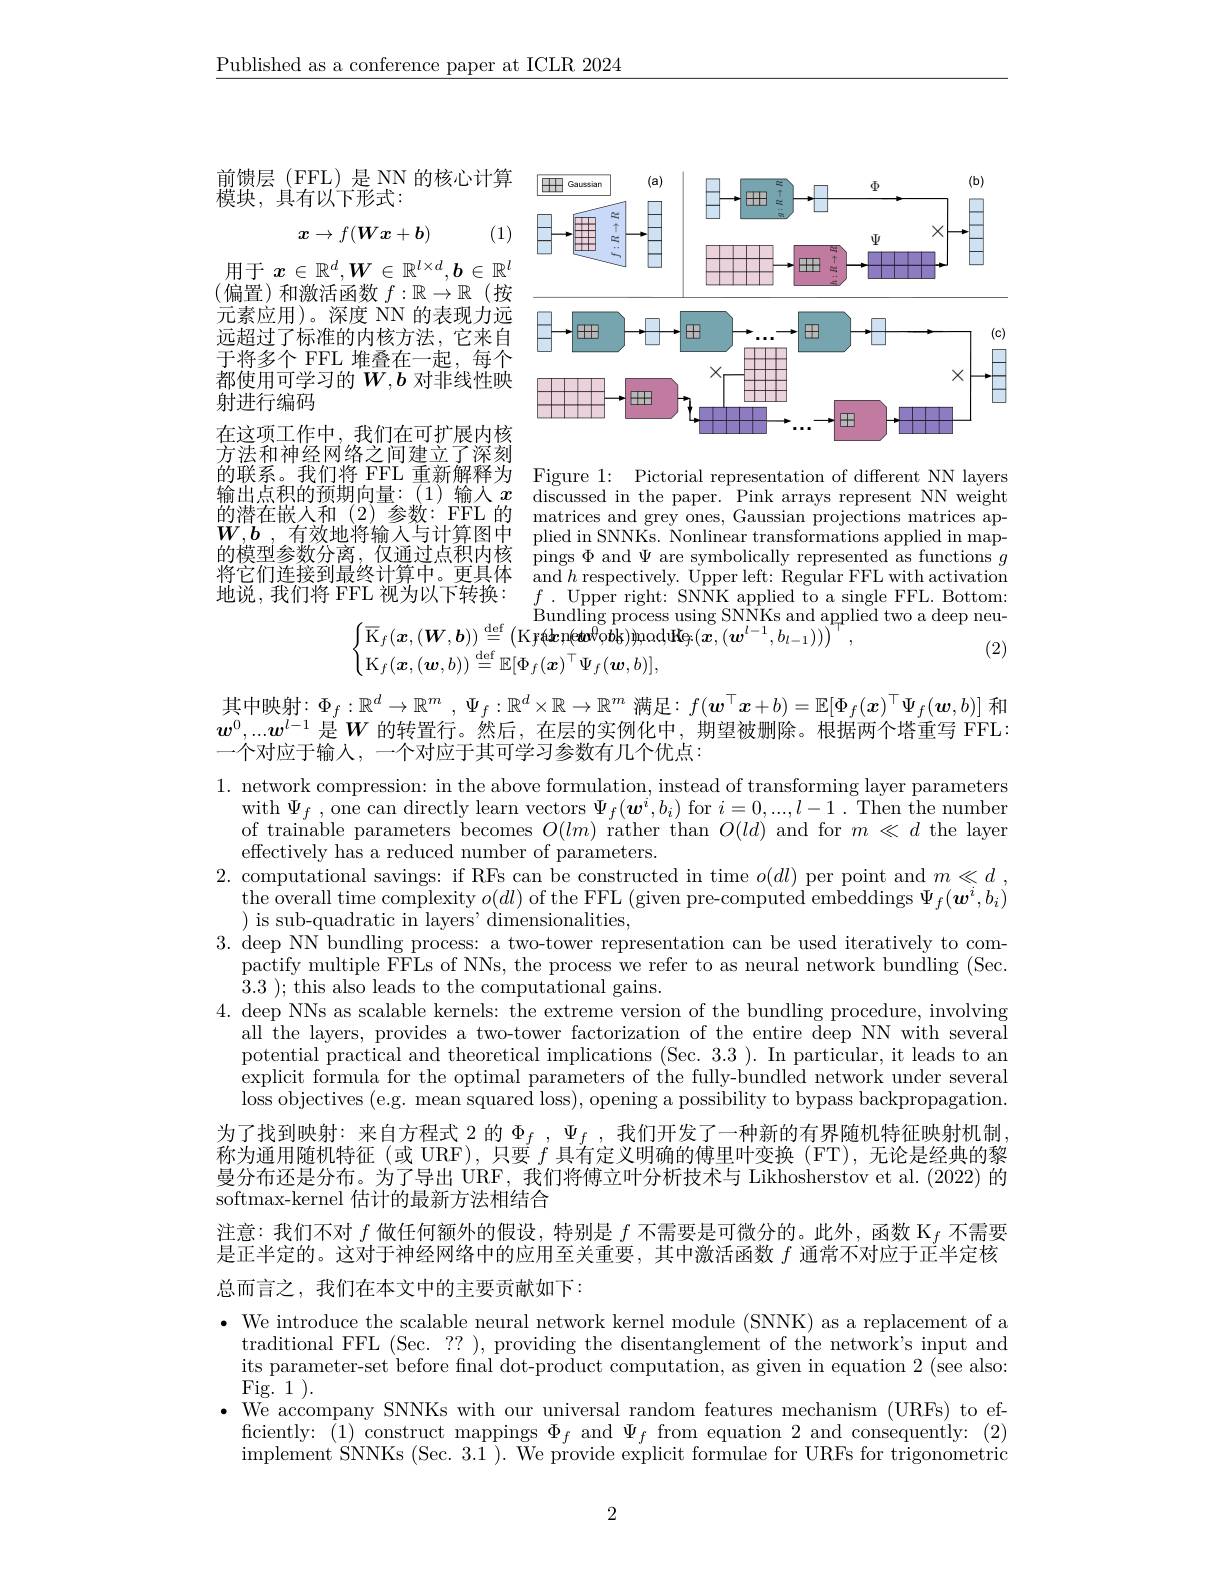
$\underline{\text{Published as a conference paper at ICLR 2024}}$

<FigureHere>

前馈层(FFL)是 NN 的核心计算
模块，具有以下形式：

(1)

$x\to f(Wx+b)$

用于$x\in\mathbb{R}^d,\boldsymbol{W}\in\mathbb{R}^{l\times d},\boldsymbol{b}\in\mathbb{R}^l$ (偏置)和激活函数 $f:\mathbb{R}\to\mathbb{R}$ (按元素应用)。深度 NN 的表现力远远超过了标准的内核方法，它来自于将多个 FFL 堆叠在一起，每个都使用可学习的$W,\boldsymbol{b}$对非线性映射进行编码
在这项工作中，我们在可扩展内核方法和神经网络之间建立了深刻的联系。我们将 FFL 重新解释为 Figure 1: Pictorial representation of different NN layers 输出点积的预期向量：(1)输入$x$ discussed in the paper. Pink arrays represent NN weight 的潜在嵌人和(2)参数：FFL 的 matrices and grey ones, Gaussian projections matrices ap- $W,b$,有效地将输入与计算图中
的 模 型 参 数 分 离 , 仅 通 过 点 积 内 核 pings $\Phi$ and $\Psi$ are symbolically represented as functions $g$ 收 宁 行 流 书 刻 具 物 并 借 中 and $\Psi$ are symbolically represented as functions $g$
将它们连接到最终计算中。更具体地说，我们将 FFL 视为以下转换：

plied in SNNKs. Nonlinear transformations applied in map- $\operatorname{and}h$ respectively. Upper left: Regular FFL with activation $f$ . ${\mathrm{Upper~right: ~SNNK~applied~to~a~single~FFL. ~Bottom: }}$
two a deep neu-
$$\mathrm{Bundling~process~using~SNNKs~and~appli}\\\begin{cases}\overline{\mathrm{K}}_f(\boldsymbol{x},(\boldsymbol{W},\boldsymbol{b}))\stackrel{\mathrm{def}}{=}\left(\mathrm{Kr}(\boldsymbol{k}\boldsymbol{n}(\boldsymbol{w}^0\boldsymbol{o}\boldsymbol{b}\boldsymbol{k}))\text{moduKey}(\boldsymbol{x},(\boldsymbol{w}^{l-1},b_{l-1}))\right)^\top,\\\mathrm{K}_f(\boldsymbol{x},(\boldsymbol{w},b))\stackrel{\mathrm{def}}{=}\mathbb{E}[\Phi_f(\boldsymbol{x})^\top\Psi_f(\boldsymbol{w},b)],\end{cases}$$
(2)

其中映射$: \Phi _f: \mathbb{R} ^d\to \mathbb{R} ^m$ , $\Psi _f: \mathbb{R} ^d\times \mathbb{R} \to \mathbb{R} ^m$ 满足$:f(\boldsymbol{w}^\top\boldsymbol{x}+b)=\mathbb{E}[\Phi_f(\boldsymbol{x})^\top\Psi_f(\boldsymbol{w},b)]$ 和$w^0,...w^{l-1}$ 是$W$ 的转置行。然后，在层的实例化中，期望被删除。根据两个塔重写 FFL: 一个对应于输人，一个对应于其可学习参数有几个优点：

1. network compression: in the above formulation, instead of transforming layer parameters
with $\Psi_f$ , one can directly learn vectors $\Psi_f(\boldsymbol{w}^i,b_i)$ for $i=0,...,l-1.$ Then the number of trainable parameters becomes $O(lm)$ rather than $O(ld)$ and for $m\ll d$ the layer effectively has a reduced number of parameters.
2. computational savings: if RFs can be constructed in time $o(dl)$ per point and $m\ll d$,
$\begin{array}{c}{\text{the overall time complexity }o(dl)\text{ of the FFL }(\text{given pre-computed embeddings }\Psi_{f}(\boldsymbol{w}^{i},b_{i})}\\{\text{the overall time complexity }o(dl)\text{ of the FFL }(\text{given pre-computed embeddings }\Psi_{f}(\boldsymbol{w}^{j},b_{i})}\end{array}$
is sub-quadratic in layers' dimensionalities
3. deep NN bundling process: a two-tower representation can be used iteratively to com-
pactify multiple FFLs of NNs, the process we refer to as neural network bundling (Sec.
3.3 ); this also leads to the computational gains.
4. deep NNs as scalable kernels: the extreme version of the bundling procedure, involving
all the layers, provides a two-tower factorization of the entire deep NN with several potential practical and theoretical implications (Sec. 3. 3 ) . In particular, it leads to an explicit formula for the optimal parameters of the fully-bundled network under several loss objectives (e.g. mean squared loss), opening a possibility to bypass backpropagation.
为了找到映射：来自方程式2的$\Phi_f,\Psi_f$,我们开发了一种新的有界随机特征映射机制， 称为通用随机特征(或 URF),只要$f$具有定义明确的傅里叶变换(FT),无论是经典的黎曼分布还是分布。为了导出 URF, 我们将傅立叶分析技术与 Likhosherstov et al. (2022) 的softmax-kernel 估计的最新方法相结合
注意：我们不对$f$做任何额外的假设，特别是$f\text{ 不需要是可微分的。此外，函数 K}_f$不需要是正半定的。这对于神经网络中的应用至关重要，其中激活函数$f$通常不对应于正半定核总而言之，我们在本文中的主要贡献如下：

· We introduce the scalable neural network kernel module (SNNK) as a replacement of a
traditional FFL (Sec. ?? ), providing the disentanglement of the network's input and its parameter-set before final dot-product computation, as given in equation 2 (see also: $\operatorname{Fig.}1).$
· We accompany SNNKs with our universal random features mechanism (URFs) to ef-
ficiently: (1) construct mappings $\Phi_f$ and $\Psi_f$ from equation 2 and consequently:(2) implement SNNKs (Sec. 3.1 ). We provide explicit formulae for URFs for trigonometric

2